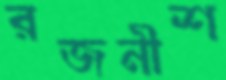
রজনীশ